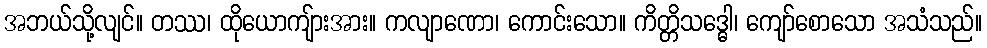
အဘယ်သို့လျင်။ တဿ၊ ထိုယောကျ်ားအား။ ကလျာဏော၊ ကောင်းသော။ ကိတ္တိသဒ္ဓေါ၊ ကျော်စောသော အသံသည်။